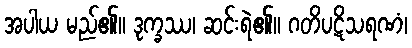
အပါယ မည်၏။ ဒုက္ခဿ၊ ဆင်းရဲ၏။ ဂတိပဋိသရဏံ၊